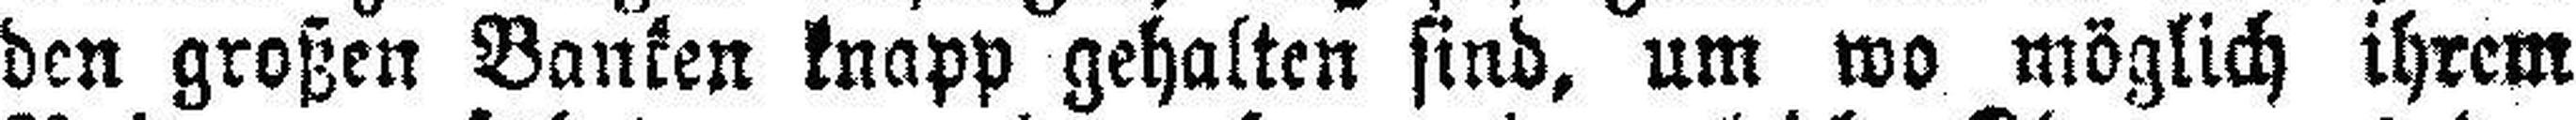
den großen Banken knapp gehalten sind, um wo möglich ihrem